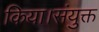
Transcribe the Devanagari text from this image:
किया।संयुक्त